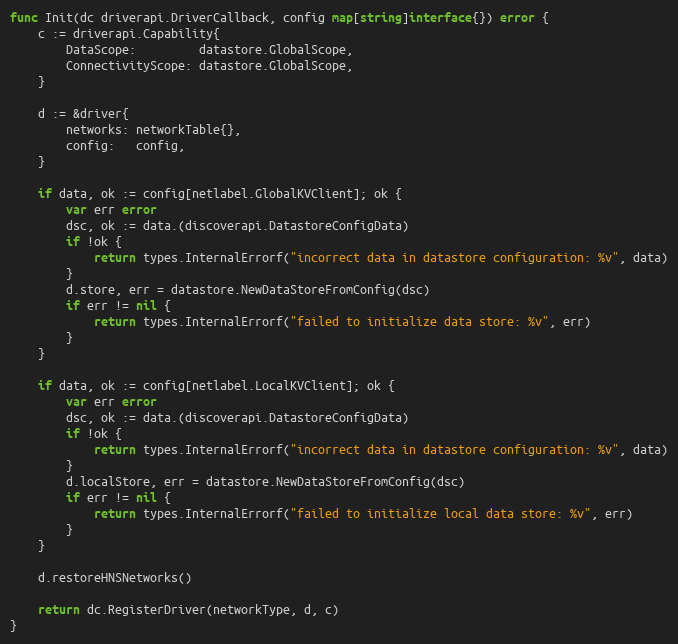
Language: Go
func Init(dc driverapi.DriverCallback, config map[string]interface{}) error {
	c := driverapi.Capability{
		DataScope:         datastore.GlobalScope,
		ConnectivityScope: datastore.GlobalScope,
	}

	d := &driver{
		networks: networkTable{},
		config:   config,
	}

	if data, ok := config[netlabel.GlobalKVClient]; ok {
		var err error
		dsc, ok := data.(discoverapi.DatastoreConfigData)
		if !ok {
			return types.InternalErrorf("incorrect data in datastore configuration: %v", data)
		}
		d.store, err = datastore.NewDataStoreFromConfig(dsc)
		if err != nil {
			return types.InternalErrorf("failed to initialize data store: %v", err)
		}
	}

	if data, ok := config[netlabel.LocalKVClient]; ok {
		var err error
		dsc, ok := data.(discoverapi.DatastoreConfigData)
		if !ok {
			return types.InternalErrorf("incorrect data in datastore configuration: %v", data)
		}
		d.localStore, err = datastore.NewDataStoreFromConfig(dsc)
		if err != nil {
			return types.InternalErrorf("failed to initialize local data store: %v", err)
		}
	}

	d.restoreHNSNetworks()

	return dc.RegisterDriver(networkType, d, c)
}